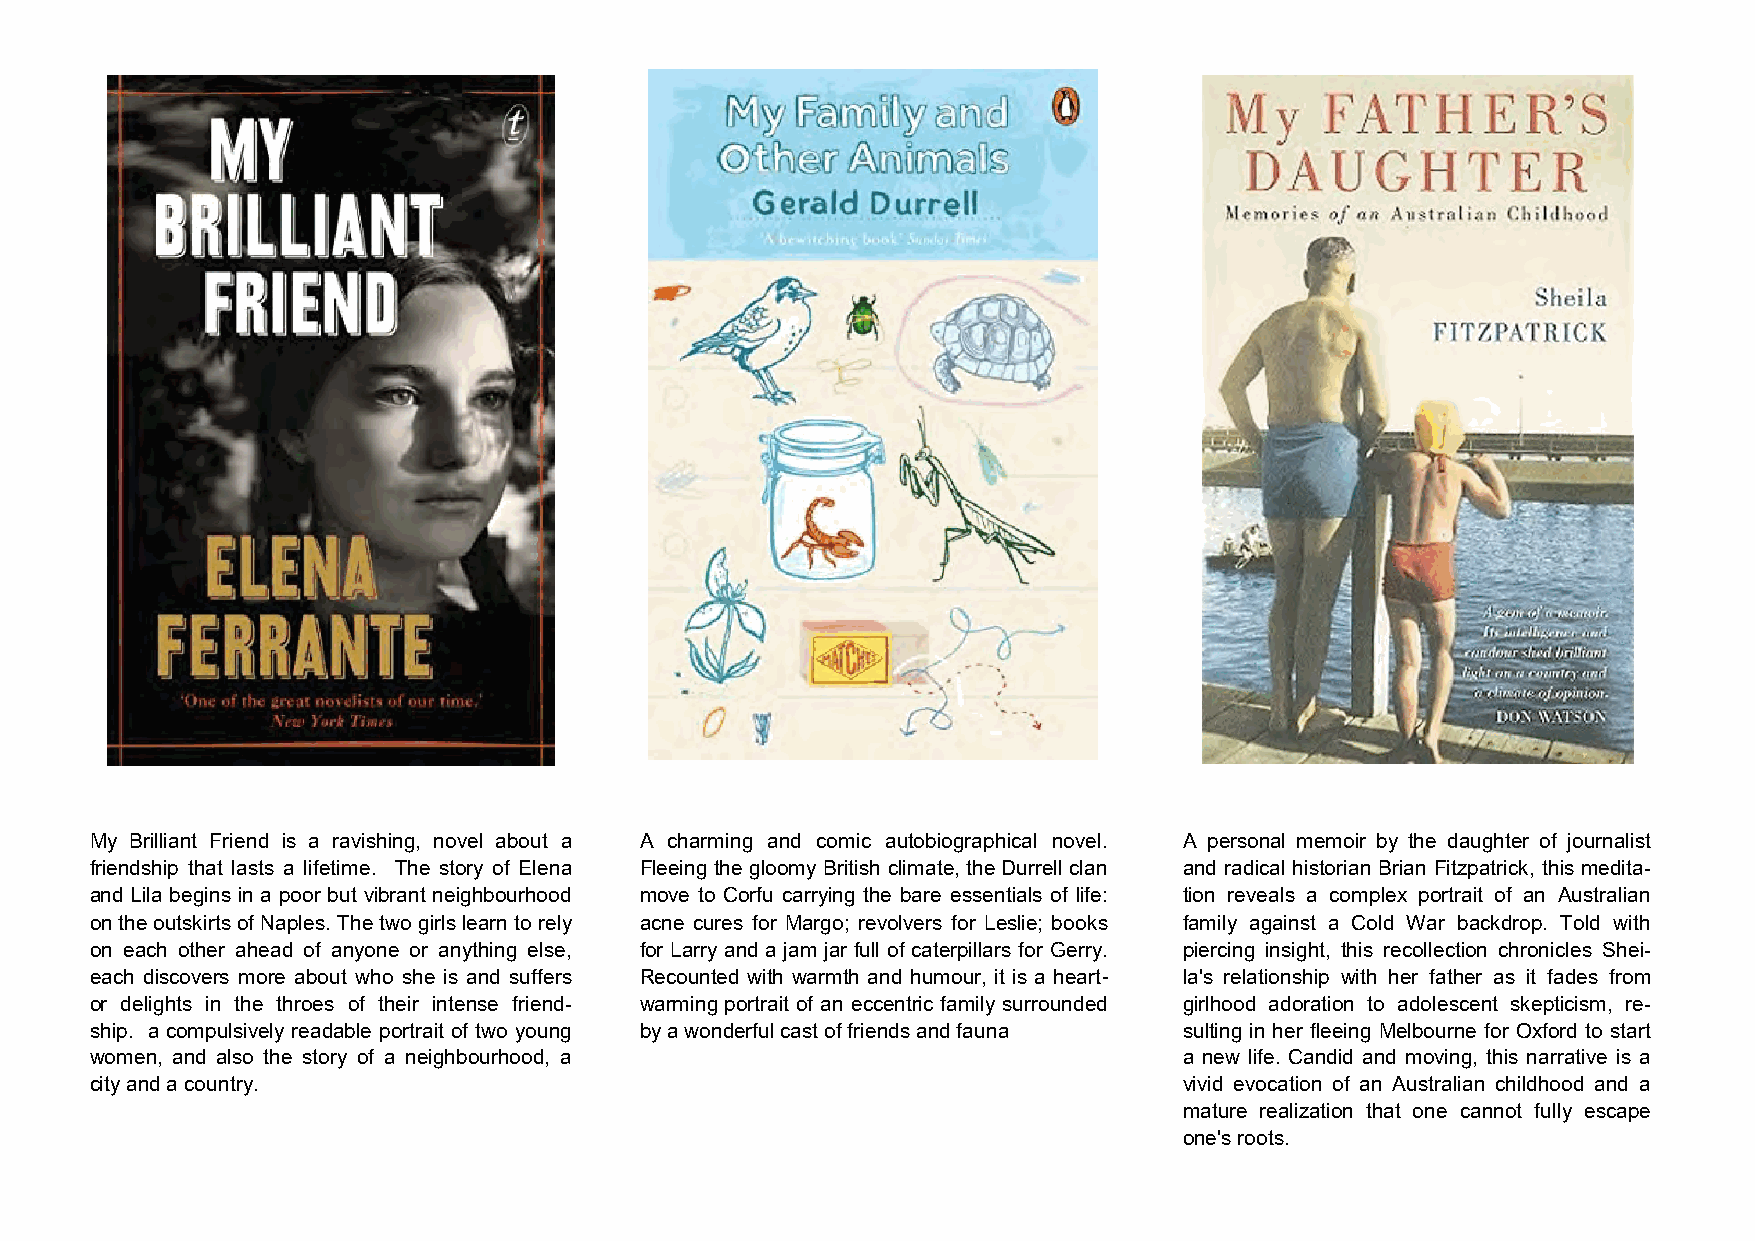
My Brilliant Friend is a ravishing, novel about a A charming and comic autobiographical novel. A personal memoir by the daughter of journalist
 friendship that lasts a lifetime. The story of Elena Fleeing the gloomy British climate, the Durrell clan and radical historian Brian Fitzpatrick, this medita-
 and Lila begins in a poor but vibrant neighbourhood move to Corfu carrying the bare essentials of life: tion reveals a complex portrait of an Australian
 on the outskirts of Naples. The two girls learn to rely acne cures for Margo; revolvers for Leslie; books family against a Cold War backdrop. Told with
 on each other ahead of anyone or anything else, for Larry and a jam jar full of caterpillars for Gerry. piercing insight, this recollection chronicles Shei-
 each discovers more about who she is and suffers Recounted with warmth and humour, it is a heart- la's relationship with her father as it fades from
 or delights in the throes of their intense friend- warming portrait of an eccentric family surrounded girlhood adoration to adolescent skepticism, re-
 ship. a compulsively readable portrait of two young by a wonderful cast of friends and fauna sulting in her fleeing Melbourne for Oxford to start
 women, and also the story of a neighbourhood, a                         a new life. Candid and moving, this narrative is a
 city and a country.                                                     vivid evocation of an Australian childhood and a
 mature realization that one cannot fully escape
 one's roots.